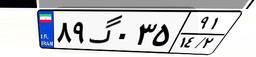
۵۲گ۷۱۹۷۳